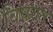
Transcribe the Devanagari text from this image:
विषुवत